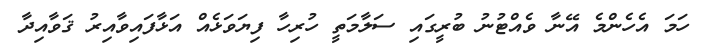
ހަމަ އެހެންމެ އޭނާ ވެއްޓުނު ބުރީގައި ސަލާމަތީ ހުރިހާ ފިޔަވަޅެއް އަޅާފައިވާއިރު ޤަވާއިދާ